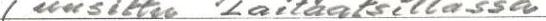
(uusittu Laitaatsillassa)